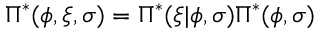
\Pi ^ { * } ( \phi , \xi , \sigma ) = \Pi ^ { * } ( \xi \vert \phi , \sigma ) \Pi ^ { * } ( \phi , \sigma )